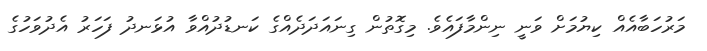
މަރުހަބާއެއް ކިޔުމަށް ވަނީ ނިންމާފައެވެ. މިގޮތުން ގިނައަދަދެއްގެ ކަނޑުދުއްވާ އުޅަނދު ފަހަރު އެދުވަހުގެ